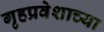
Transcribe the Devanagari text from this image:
गृहप्रवेशाच्या